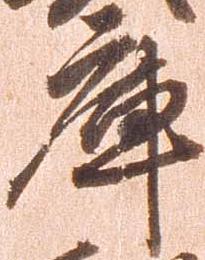
庫